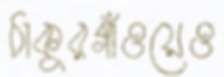
ঠাকুরগাঁওয়েও